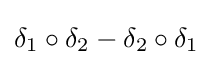
\delta _{1}\circ \delta _{2}-\delta _{2}\circ \delta _{1}